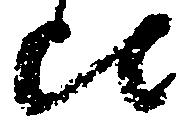
比